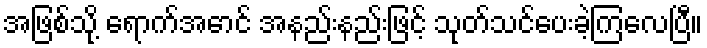
အဖြစ်သို့ ရောက်အောင် အနည်းနည်းဖြင့် သုတ်သင်ပေးခဲ့ကြလေပြီ။